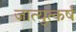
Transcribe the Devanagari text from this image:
जात्युत्कर्ष